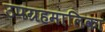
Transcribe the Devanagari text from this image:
उपग्रहमालिका